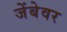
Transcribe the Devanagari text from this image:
जेंबेवर